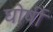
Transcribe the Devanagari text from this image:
घोर्षी